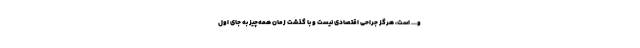
و... است، هرگز جراحی اقتصادی نیست و با گذشت زمان همه‌چیز به جای اول